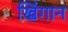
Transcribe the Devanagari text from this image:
खिंगान